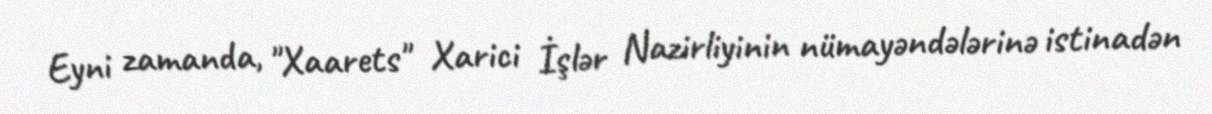
Eyni zamanda, "Xaarets" Xarici İşlər Nazirliyinin nümayəndələrinə istinadən